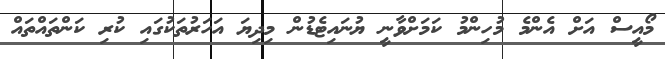
މޯއީސް އަށް އެންމެ މުހިންމު ކަމަށްވާނީ ޔުނައިޓެޑުން މިދިޔަ އަހަރުތަކުގައި ކުރި ކަންތައްތައް